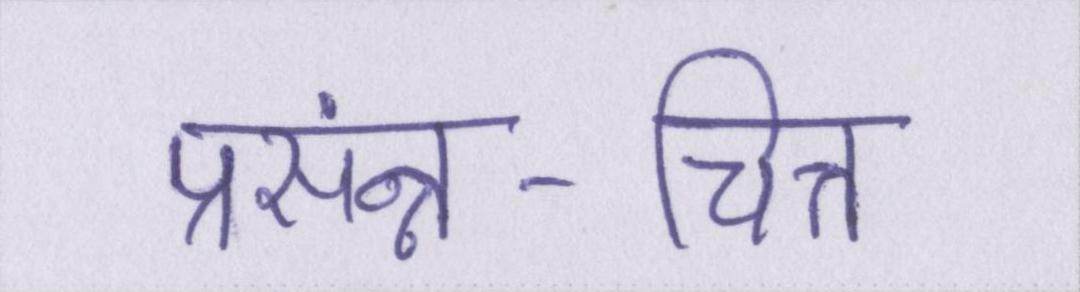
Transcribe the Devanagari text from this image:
प्रसंन्न-चित्त